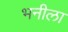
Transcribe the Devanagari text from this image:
भनीला